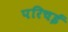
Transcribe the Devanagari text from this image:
परिचई